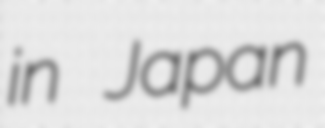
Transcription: in Japan